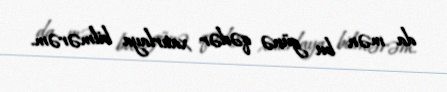
da mən bu günə qədər xatırlaya bilmərəm.